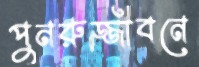
পুনরুজ্জীবনে